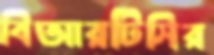
বিআরটিসির